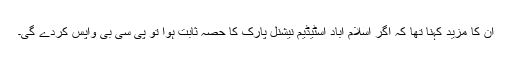
ان کا مزید کہنا تھا کہ اگر اسلام آباد اسٹیڈیم نیشنل پارک کا حصہ ثابت ہوا تو پی سی بی واپس کردے گی۔